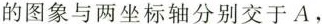
的图象与两坐标轴分别交于A，